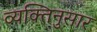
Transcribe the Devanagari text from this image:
व्यक्तिनुसार